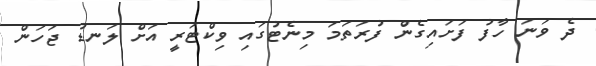
ދެ ވަނަ ހާފު ފަށައިގެން ފުރަތަމަ މިނެޓުގައި ވިކްޓަރީ އަށް ލަނޑު ޖަހަން